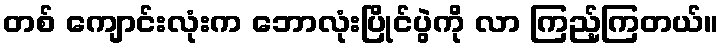
တစ် ကျောင်းလုံးက ဘောလုံးပြိုင်ပွဲကို လာ ကြည့်ကြတယ်။